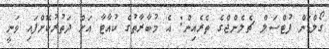
ގޯލްޑަން ފުޓްސަލް ޗެލެންޖްގެ ތެރެއިން: އެ މުބާރާތުގެ ކުއާޓާ އަށް ދަތުރުކޮށްފައި ވަނީ